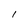
Character: l